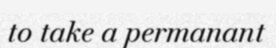
to take a permanant